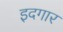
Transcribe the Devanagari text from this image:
इदगार